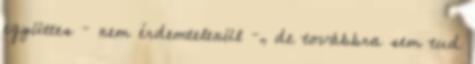
együttes – nem érdemtelenül –, de továbbra sem tud